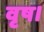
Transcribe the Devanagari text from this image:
वृष।